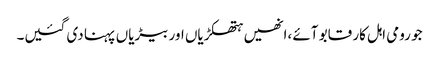
جو رومی اہل کار قابو آئے ،انھیں ہتھکڑیاں اور بیڑیاں پہنا دی گئیں۔